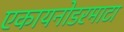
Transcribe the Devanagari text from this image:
एकायनोडरमाटा